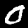
Digit: 0